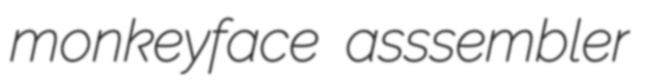
monkeyface asssembler